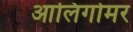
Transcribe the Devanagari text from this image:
आलिगोमर